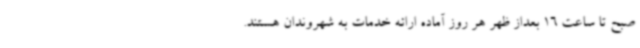
صبح تا ساعت 16 بعداز ظهر هر روز آماده ارائه خدمات به شهروندان هستند.